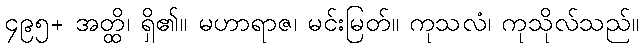
၄၉၅+ အတ္ထိ၊ ရှိ၏။ မဟာရာဇ၊ မင်းမြတ်။ ကုသလံ၊ ကုသိုလ်သည်။